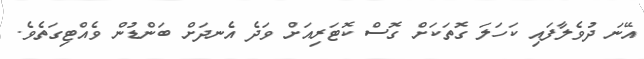
އޭނަ ދުވެލާފައި ކަހަލަ ގޮތަކަށް ގޮސް ކޮޓަރިއަށް ވަދެ އެނދަށް ބަންޑުން ވެއްޓިގަތެވެ.